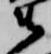
衛